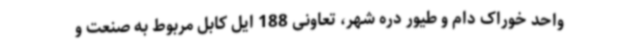
واحد خوراک دام و طیور دره شهر، تعاونی 188 ایل کابل مربوط به صنعت و